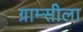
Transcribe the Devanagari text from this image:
ग्राम्सीला